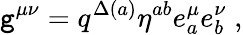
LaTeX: {\tt g}^{\mu\nu}=q^{\Delta(a)}\eta^{ab}e_{a}^{\mu}e_{b}^{\nu}\; ,